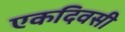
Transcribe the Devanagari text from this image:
एकदिवसी